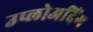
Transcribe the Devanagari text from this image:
उप्लोअदिंग